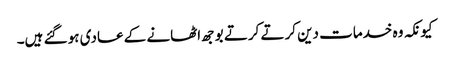
کیونکہ وہ خدمات دین کرتے کرتے بوجھ اٹھانے کے عادی ہو گئے ہیں۔